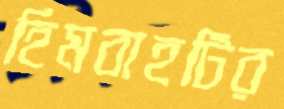
হিমবাহটির